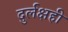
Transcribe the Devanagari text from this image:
दुर्लक्षही